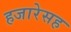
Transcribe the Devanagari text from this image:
हजारेसह